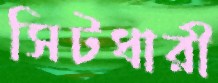
সিটধারী